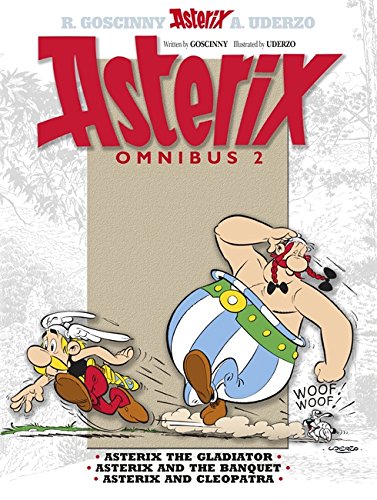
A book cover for Asterix Omnibus 2: Includes Asterix the Gladiator #4, Asterix and the Banquet #5, Asterix and Cleopatra #6; Rene Goscinny; Comics & Graphic Novels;